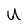
Character: U